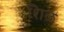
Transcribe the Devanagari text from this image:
शिळ